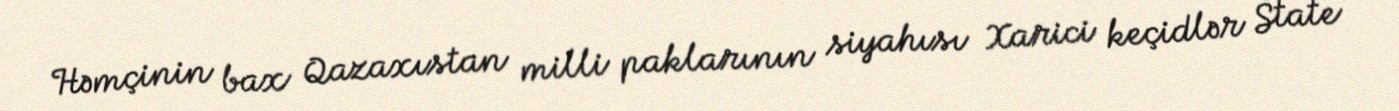
Həmçinin bax Qazaxıstan milli paklarının siyahısı Xarici keçidlər State